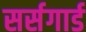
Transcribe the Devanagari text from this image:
सर्सगार्ड